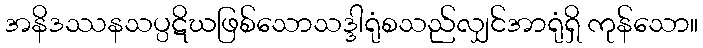
အနိဒဿနသပ္ပဋိဃဖြစ်သောသဒ္ဒါရုံစသည်လျှင်အာရုံရှိ ကုန်သော။